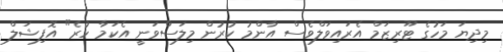
މިދިޔަ މަހުގެ ޓޫރިޒަމް އެރައިވަލްވެސް އާންމު ކުރުން މިލަސްވަނީ އެކަމާ ހުރެ" އޮފިޝަލް